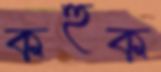
কহুক